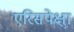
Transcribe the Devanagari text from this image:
एरिसपेक्षा